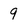
Character: 9